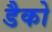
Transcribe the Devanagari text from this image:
डैको